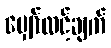
မျှော်လင့်ချက်